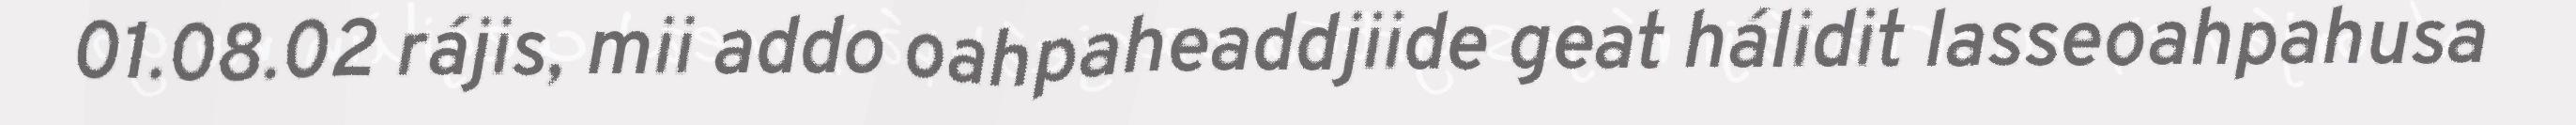
01.08.02 rájis, mii addo oahpaheaddjiide geat hálidit lasseoahpahusa